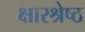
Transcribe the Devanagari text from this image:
क्षारश्रेष्ठ